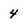
Character: 4